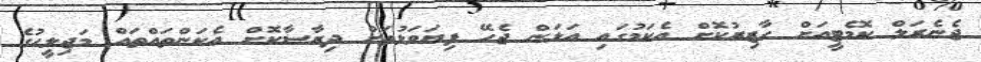
ޖެނެރަލް ކޮމެޓީއަށް ހާޒިރުކޮށް އެކަމުގައި އަޅަން ޖެހޭ ފިޔަވަޅުތަށް ދިރާސާކޮށް އެކަންތައްތައް މަޖިލީހުގެ